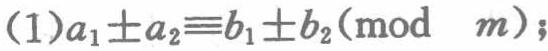
\((1)a_1\pm a_2\equiv b_1\pm b_2(\text{mod }m);\)